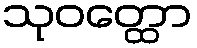
သုဝတ္ထော